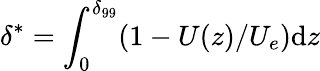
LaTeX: \delta^{*}=\int_{0}^{\delta_{99}}(1-U(z)/U_{e})\mathrm{d}z